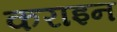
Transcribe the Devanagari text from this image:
कराइन